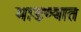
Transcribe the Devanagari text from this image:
माडण्यात